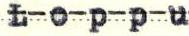
Loppu